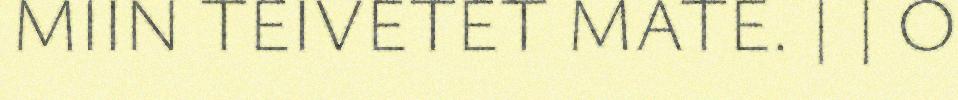
MIIN TEIVETET MATE. | | O